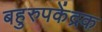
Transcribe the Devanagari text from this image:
बहुरुपकेंद्रक